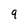
Character: 9